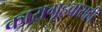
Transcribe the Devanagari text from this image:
कारागृहवासही